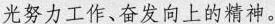
光努力工作、奋发向上的精神。